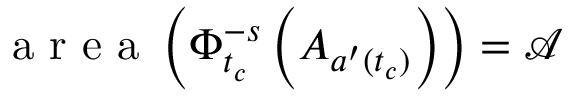
\mathrm { ~ a ~ r ~ e ~ a ~ } \left( \Phi _ { t _ { c } } ^ { - s } \left( A _ { a ^ { \prime } ( t _ { c } ) } \right) \right) = \mathcal { A }